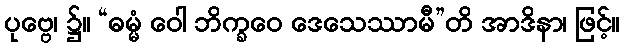
ပုဗ္ဗေ၊ ၌။ “ဓမ္မံ ဝေါ ဘိက္ခဝေ ဒေသေဿာမီ”တိ အာဒိနာ၊ ဖြင့်။